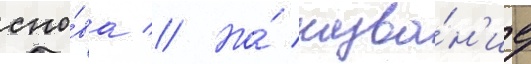
сно́ва // Но́ назва́н'ие